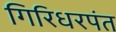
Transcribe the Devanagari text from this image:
गिरिधरपंत